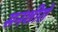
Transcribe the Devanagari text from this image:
सनशीरो